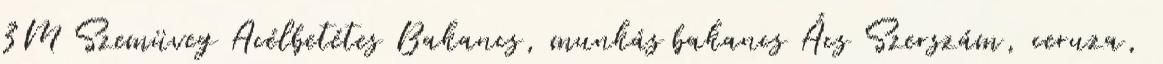
3M Szemüveg Acélbetétes Bakancs, munkás bakancs Ács Szerszám, ceruza,